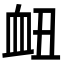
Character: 衄